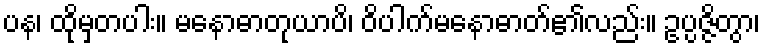
ပန၊ ထိုမှတပါး။ မနောဓာတုယာပိ၊ ဝိပါက်မနောဓာတ်၏လည်း။ ဥပ္ပဇ္ဇိတွာ၊